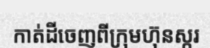
កាត់ដីចេញពីក្រុមហ៊ុនស្ករ